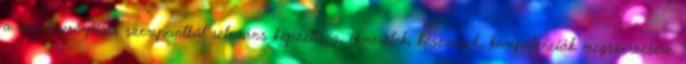
a munkaerő-piaci szempontból releváns képzettség, ismeretek, készségek, kompetenciák megszerzésére.